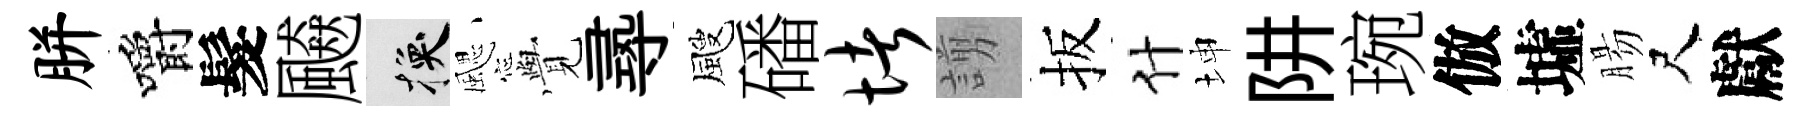
胼嚼髮飇换颸𮗜𡬶颼磻堵謭扳什坤阱琬倣墟腸尺獻